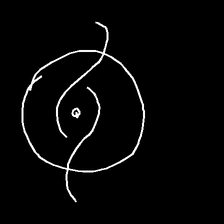
Glyph: repetition